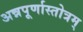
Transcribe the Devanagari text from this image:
अन्नपूर्णास्तोत्रम्